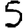
Digit: 5